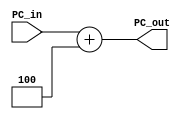
module PCADD(
    input [31:0] PC_in,
    output [31:0] PC_out
    );
    
    assign PC_out = PC_in + 4;
endmodule